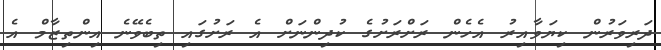
ދަރިވަރުން ކިޔަވާއިރު އެހެން ރަށްރަށުގެ ކުދިންނަށް އެ ރަށުގައި ތިބެވޭނެ އިންތިޒާމް އެ